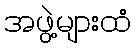
အဖွဲ့များထံ